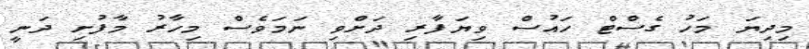
މިދިޔަ މަހު ގެސްޓް ހައުސް ވިޔަފާރި ދަށްވި ނަމަވެސް މިހާރު މާފުށި ދަނީ